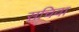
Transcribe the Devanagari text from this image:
सचिवा